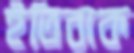
ইতিবাক